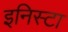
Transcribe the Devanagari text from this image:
इनिस्टा